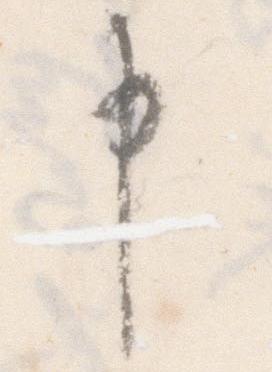
申